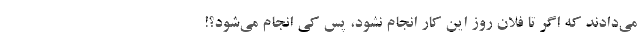
می‌دادند که اگر تا فلان روز این کار انجام نشود، پس کی انجام می‌شود؟!